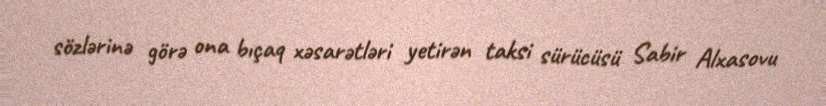
sözlərinə görə ona bıçaq xəsarətləri yetirən taksi sürücüsü Sabir Alxasovu